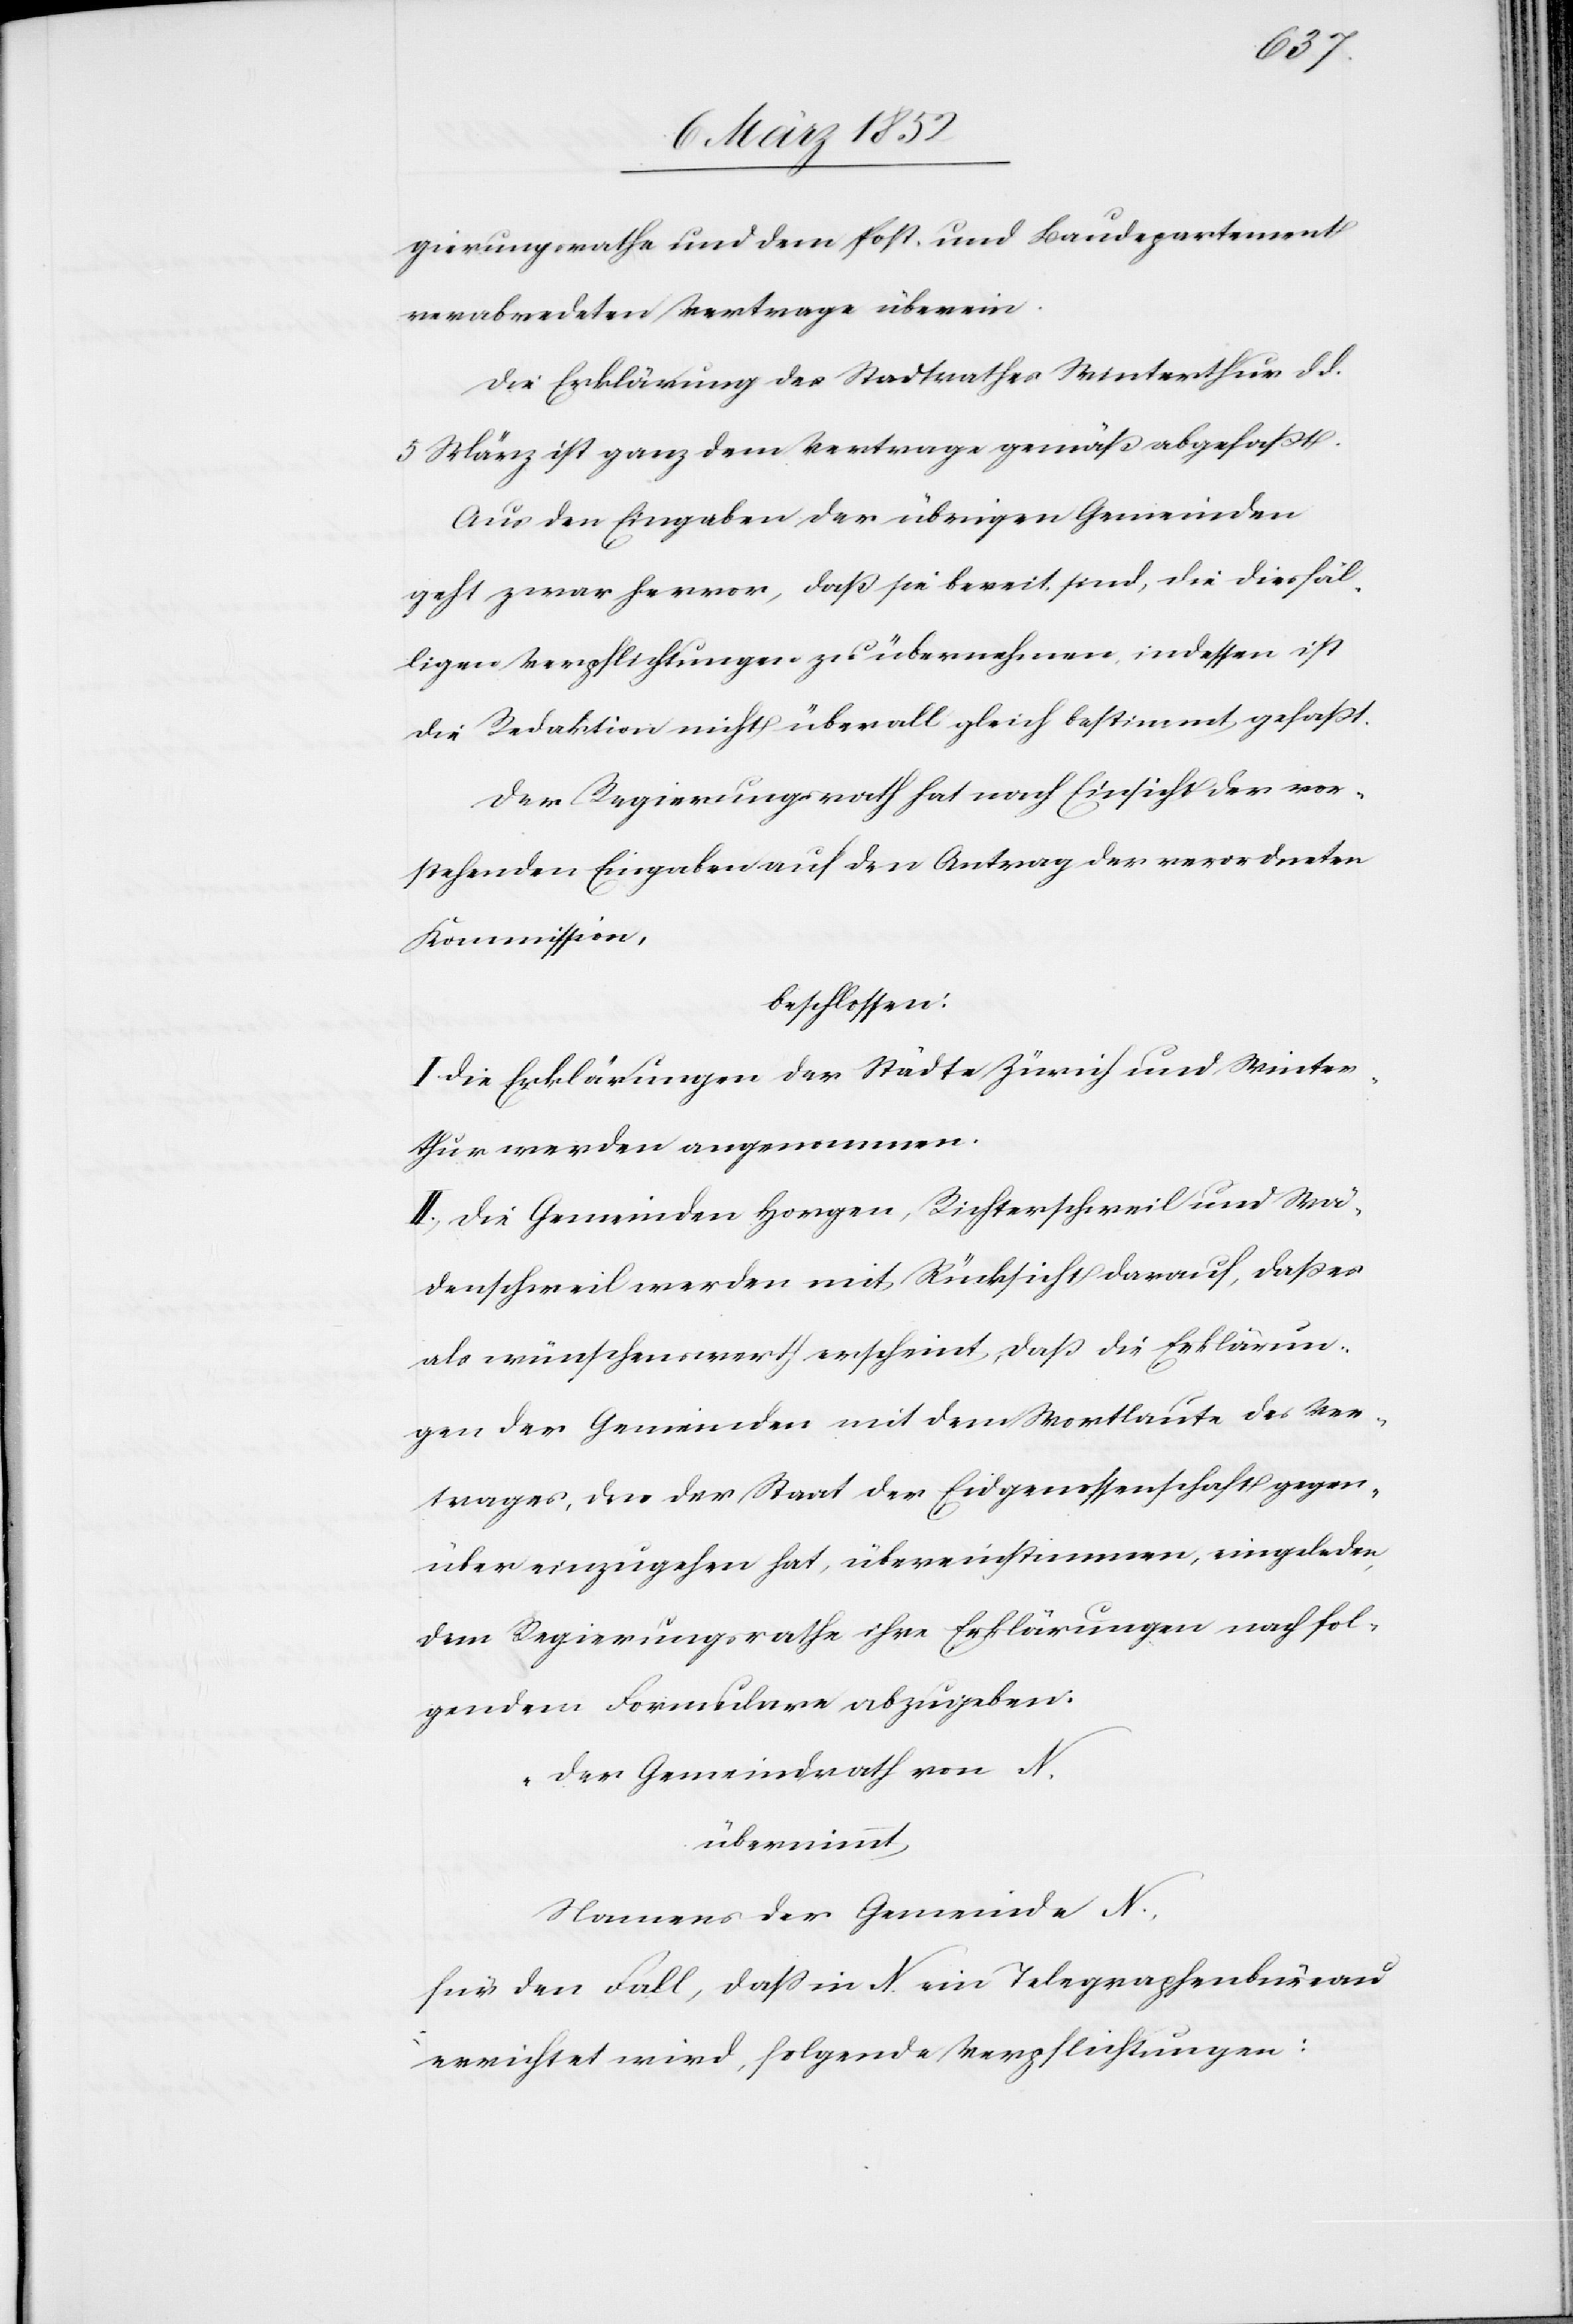
gierungsrathe und dem Post- und Baudepartement
verabredeten Vertrage überein.
Die Erklärung des Stadtrathes Winterthur dd.
5 März ist ganz dem Vertrage gemäß abgefaßt.
Aus den Eingaben der übrigen Gemeinden
geht zwar hervor, daß sie bereit sind, die diesfäl¬
ligen Verpflichtungen zu übermachen, indessen ist
die Redaktion nicht überall gleich bestimmt gefaßt.
Der Regierungsrath hat nach Einsicht der vor¬
stehenden Eingaben auf den Antrag der verordneten
Kommission,
beschlossen:
I. Die Erklärungen der Städte Zürich und Winter¬
thur werden angenommen.
II.) Die Gemeinden Horgen, Richterschweil und Wä¬
denschweil werden mit Rücksicht darauf, daß es
als wünschenswerth erscheint, daß die Erklärun¬
gen der Gemeinden mit dem Wortlaute des Ver¬
trages, den der Staat der Eidgenossenschaft gegen¬
über einzugehen hat, übereinstimmen, eingeladen,
dem Regierungsrathe ihre Erklärungen nach fol¬
gendem Formulare abzugeben.
„Der Gemeindrath von N.
übernimmt,
Namens der Gemeinde N.,
für den Fall, daß in N. ein Telegraphenbüreau
errichtet wird, folgende Verpflichtungen: